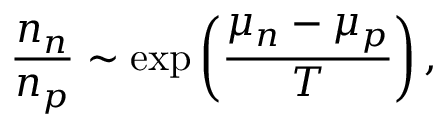
{ \frac { n _ { n } } { n _ { p } } } \sim \exp \left( { \frac { \mu _ { n } - \mu _ { p } } { T } } \right) ,